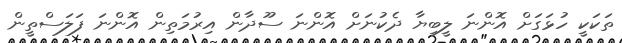
ތަކަކީ ހުޅަގަށް އޮންނަ ލީބިޔާ ދެކުނަށް އޮންނަ ސޫދާން އިރުމަތިން އޮންނަ ފަލަސްތީން